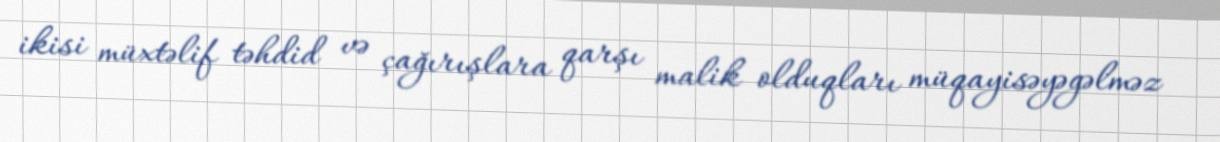
ikisi müxtəlif təhdid və çağırışlara qarşı malik olduqları müqayisəyəgəlməz